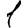
Digit: 1